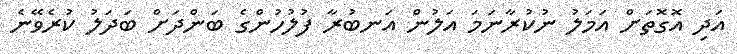
އަދި އޮގޮތަށް އަމަލު ނުކުރާނަމަ އަލުން އަނބުރާ ފުލުހުންގެ ބަންދަށް ބަދަލު ކުރެވޭނެ